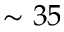
\sim 3 5